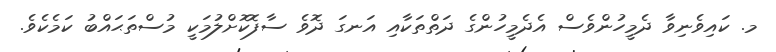
މ. ކައިވެނިވާ ދެމީހުންވެސް އެދެމީހުންގެ ދަތްތަކާއި އަނގަ ދޮވެ ސާފޮކޮށްލުމަކީ މުސްތަޙައްބު ކަމެކެވެ.